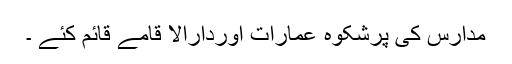
مدارس کی پُرشکوہ عمارات اوردارالا قامے قائم کئے ۔